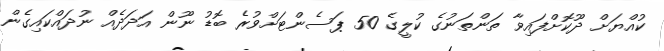
ކުއްޔަށް ދޫކޮށްފައިވާ ތަންތަނުގެ ކުލީގެ 50 ޕަސެންޓަށްވުރެ ބޮޑު ނޫން އަދަދެއް ނުދައްކައިގެން